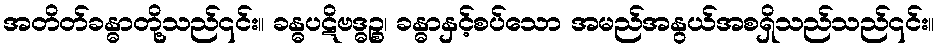
အတိတ်ခန္ဓာတို့သည်၎င်း။ ခန္ဓပဋိဗဒ္ဓဉ္စ၊ ခန္ဓာနှင့်စပ်သော အမည်အနွယ်အစရှိသည်သည်၎င်း။